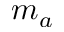
m _ { a }